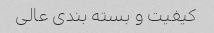
کیفیت و بسته بندى عالى